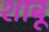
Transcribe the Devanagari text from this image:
शाबू